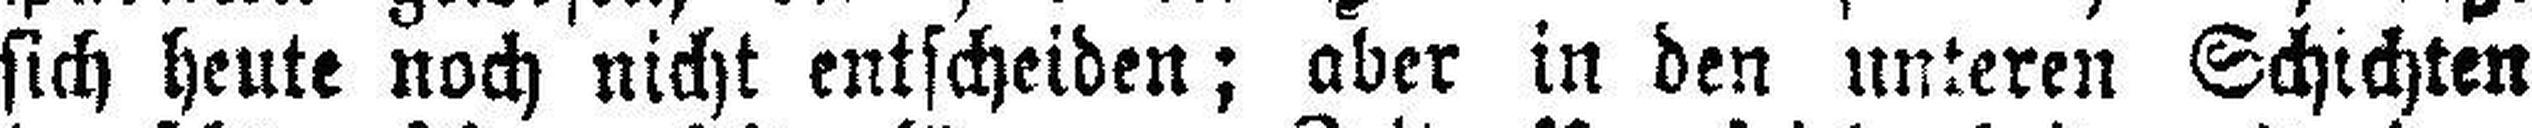
sich heute noch nicht entscheiden; aber in den unteren Schichten